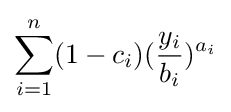
\sum _{i=1}^{n}(1-c_{i})({\frac {y_{i}}{b_{i}}})^{a_{i}}